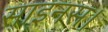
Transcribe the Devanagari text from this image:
साइनस।